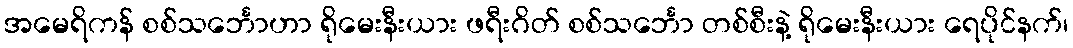
အမေရိကန် စစ်သင်္ဘောဟာ ရိုမေးနီးယား ဖရီးဂိတ် စစ်သင်္ဘော တစ်စီးနဲ့ ရိုမေးနီးယား ရေပိုင်နက်၊